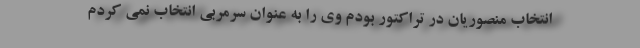
انتخاب منصوریان در تراکتور بودم وی را به عنوان سرمربی انتخاب نمی کردم